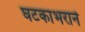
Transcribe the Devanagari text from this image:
घटकाभराने